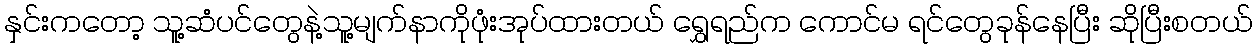
နှင်းကတော့ သူ့ဆံပင်တွေနဲ့သူ့မျက်နာကိုဖုံးအုပ်ထားတယ် ရွှေရည်က ကောင်မ ရင်တွေခုန်နေပြီး ဆိုပြီးစတယ်